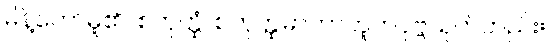
မိန့်တော်မူ၏။ စတုတ္ထံ၊ စတုတ္ထမာတာဘူတပုဗ္ဗသုတ်တည်း။